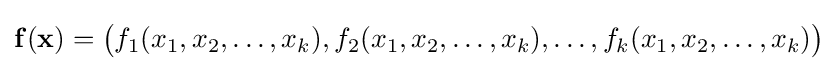
\mathbf {f} (\mathbf {x} )={\big (}f_{1}(x_{1},x_{2},\dotsc ,x_{k}),f_{2}(x_{1},x_{2},\dotsc ,x_{k}),\dotsc ,f_{k}(x_{1},x_{2},\dotsc ,x_{k}){\big )}